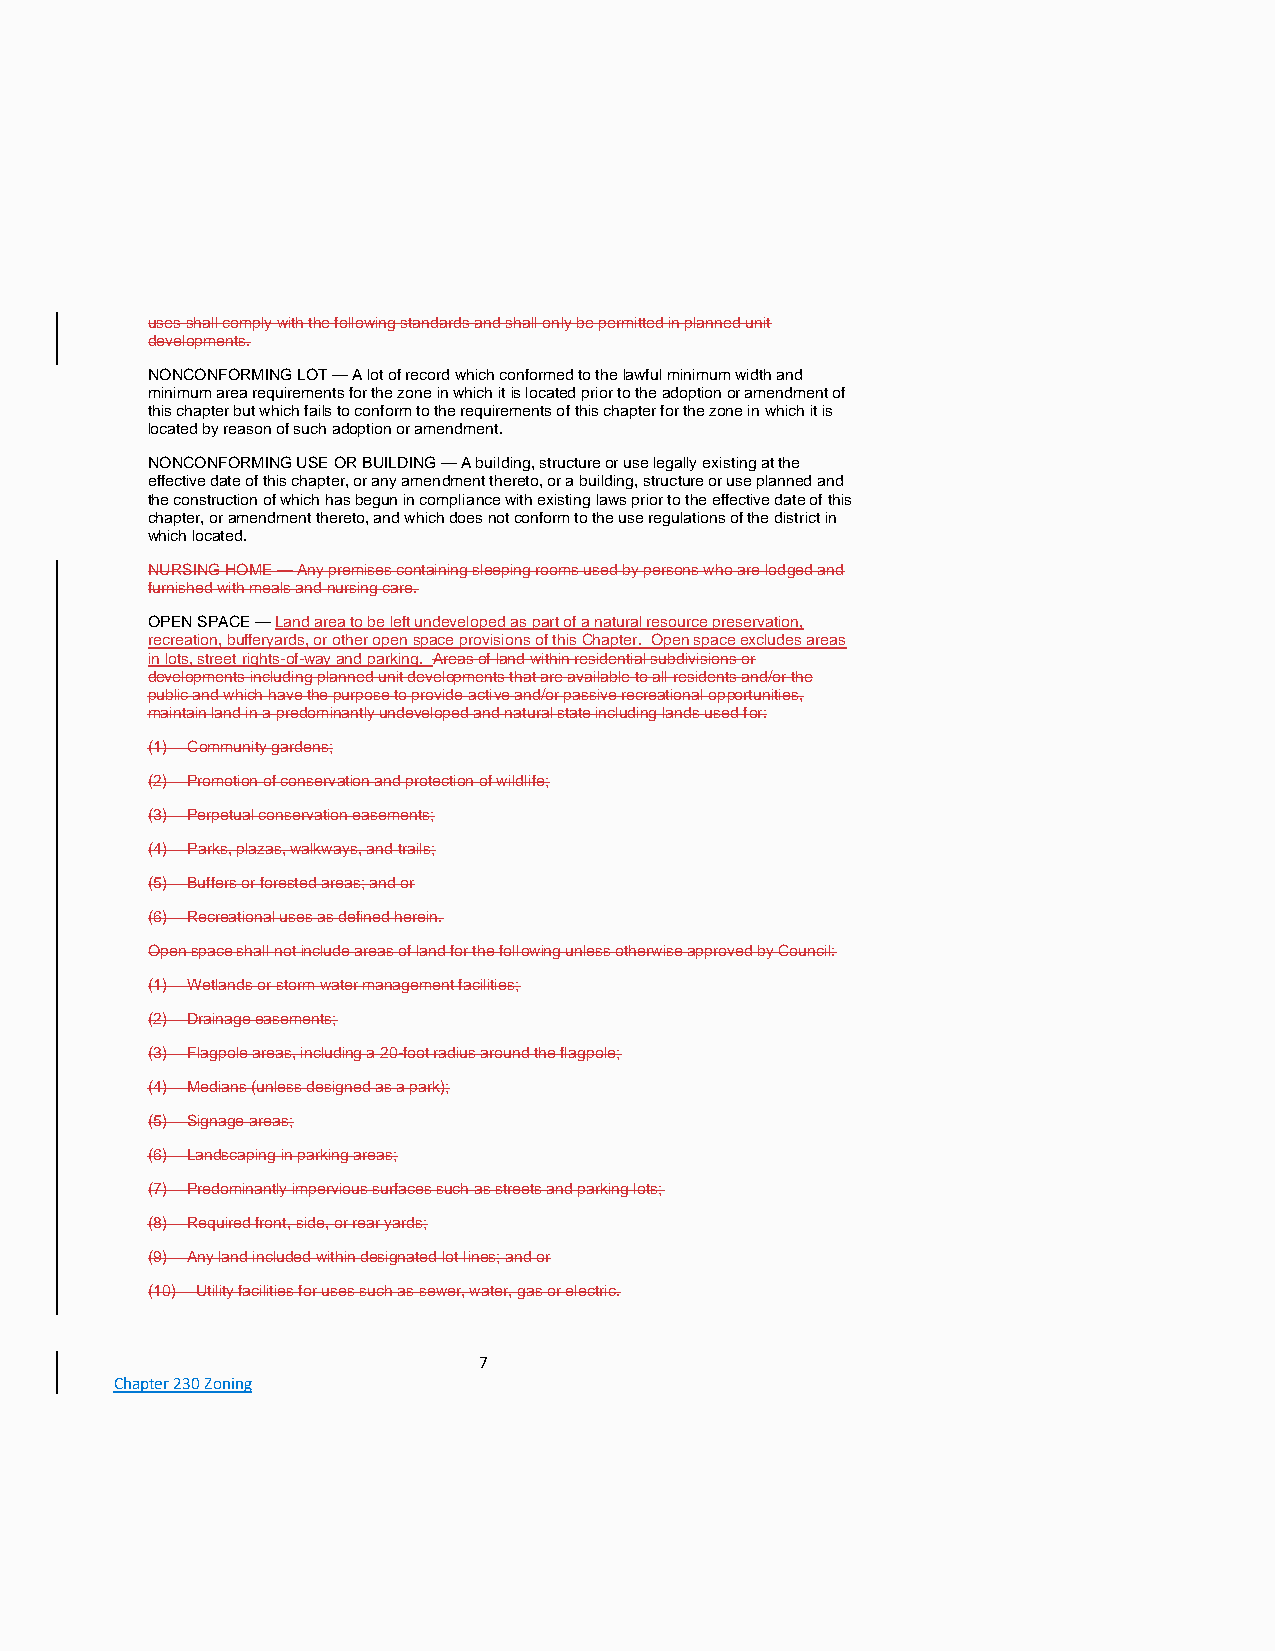
uses shall comply with the following standards and shall only be permitted in planned unit
 developments.
 NONCONFORMING LOT — A lot of record which conformed to the lawful minimum width and
 minimum area requirements for the zone in which it is located prior to the adoption or amendment of
 this chapter but which fails to conform to the requirements of this chapter for the zone in which it is
 located by reason of such adoption or amendment.
 NONCONFORMING USE OR BUILDING — A building, structure or use legally existing at the
 effective date of this chapter, or any amendment thereto, or a building, structure or use planned and
 the construction of which has begun in compliance with existing laws prior to the effective date of this
 chapter, or amendment thereto, and which does not conform to the use regulations of the district in
 which located.
 NURSING HOME — Any premises containing sleeping rooms used by persons who are lodged and
 furnished with meals and nursing care.
 OPEN SPACE — Land area to be left undeveloped as part of a natural resource preservation,
 recreation, bufferyards, or other open space provisions of this Chapter. Open space excludes areas
 in lots, street rights-of-way and parking. Areas of land within residential subdivisions or
 developments including planned unit developments that are available to all residents and/or the
 public and which have the purpose to provide active and/or passive recreational opportunities,
 maintain land in a predominantly undeveloped and natural state including lands used for:
 (1) Community gardens;
 (2) Promotion of conservation and protection of wildlife;
 (3) Perpetual conservation easements;
 (4) Parks, plazas, walkways, and trails;
 (5) Buffers or forested areas; and or
 (6) Recreational uses as defined herein.
 Open space shall not include areas of land for the following unless otherwise approved by Council:
 (1) Wetlands or storm water management facilities;
 (2) Drainage easements;
 (3) Flagpole areas, including a 20-foot radius around the flagpole;
 (4) Medians (unless designed as a park);
 (5) Signage areas;
 (6) Landscaping in parking areas;
 (7) Predominantly impervious surfaces such as streets and parking lots;
 (8) Required front, side, or rear yards;
 (9) Any land included within designated lot lines; and or
 (10) Utility facilities for uses such as sewer, water, gas or electric.
 7
 Chapter 230 Zoning